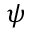
\psi